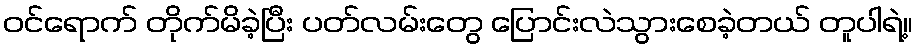
ဝင်ရောက် တိုက်မိခဲ့ပြီး ပတ်လမ်းတွေ ပြောင်းလဲသွားစေခဲ့တယ် တူပါရဲ့။